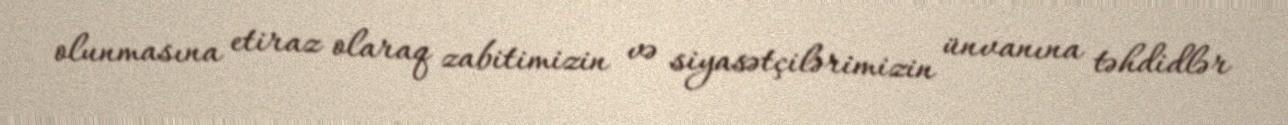
olunmasına etiraz olaraq zabitimizin və siyasətçilərimizin ünvanına təhdidlər